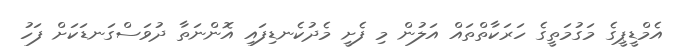
އެމްޑީޕީގެ މަގުމަތީގެ ހަރަކާތްތައް އަލުން މި ފެށީ މެދުކެނޑިފައި އޮންނަތާ ދުވަސްގަނޑަކަށް ފަހު